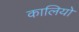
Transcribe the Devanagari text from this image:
कालियो